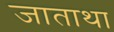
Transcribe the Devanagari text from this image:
जाताथा